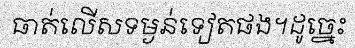
ធាត់លើសទម្ងន់ទៀតផង។ដូច្នេះ